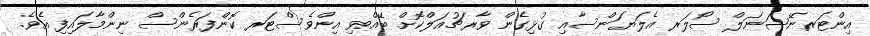
އިންޓަރނޭޝަނަލް ސޯލަރ އެލަޔަންސާއި ގުޅިގެން ވާރޗުއަލްކޮށް ބޭއްވި އިންވެސްޓަރ ކޮންފަރެންސް ނިންމާލައިފި އެވެ.